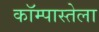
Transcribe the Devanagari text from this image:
कॉम्पास्तेला